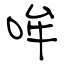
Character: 哞